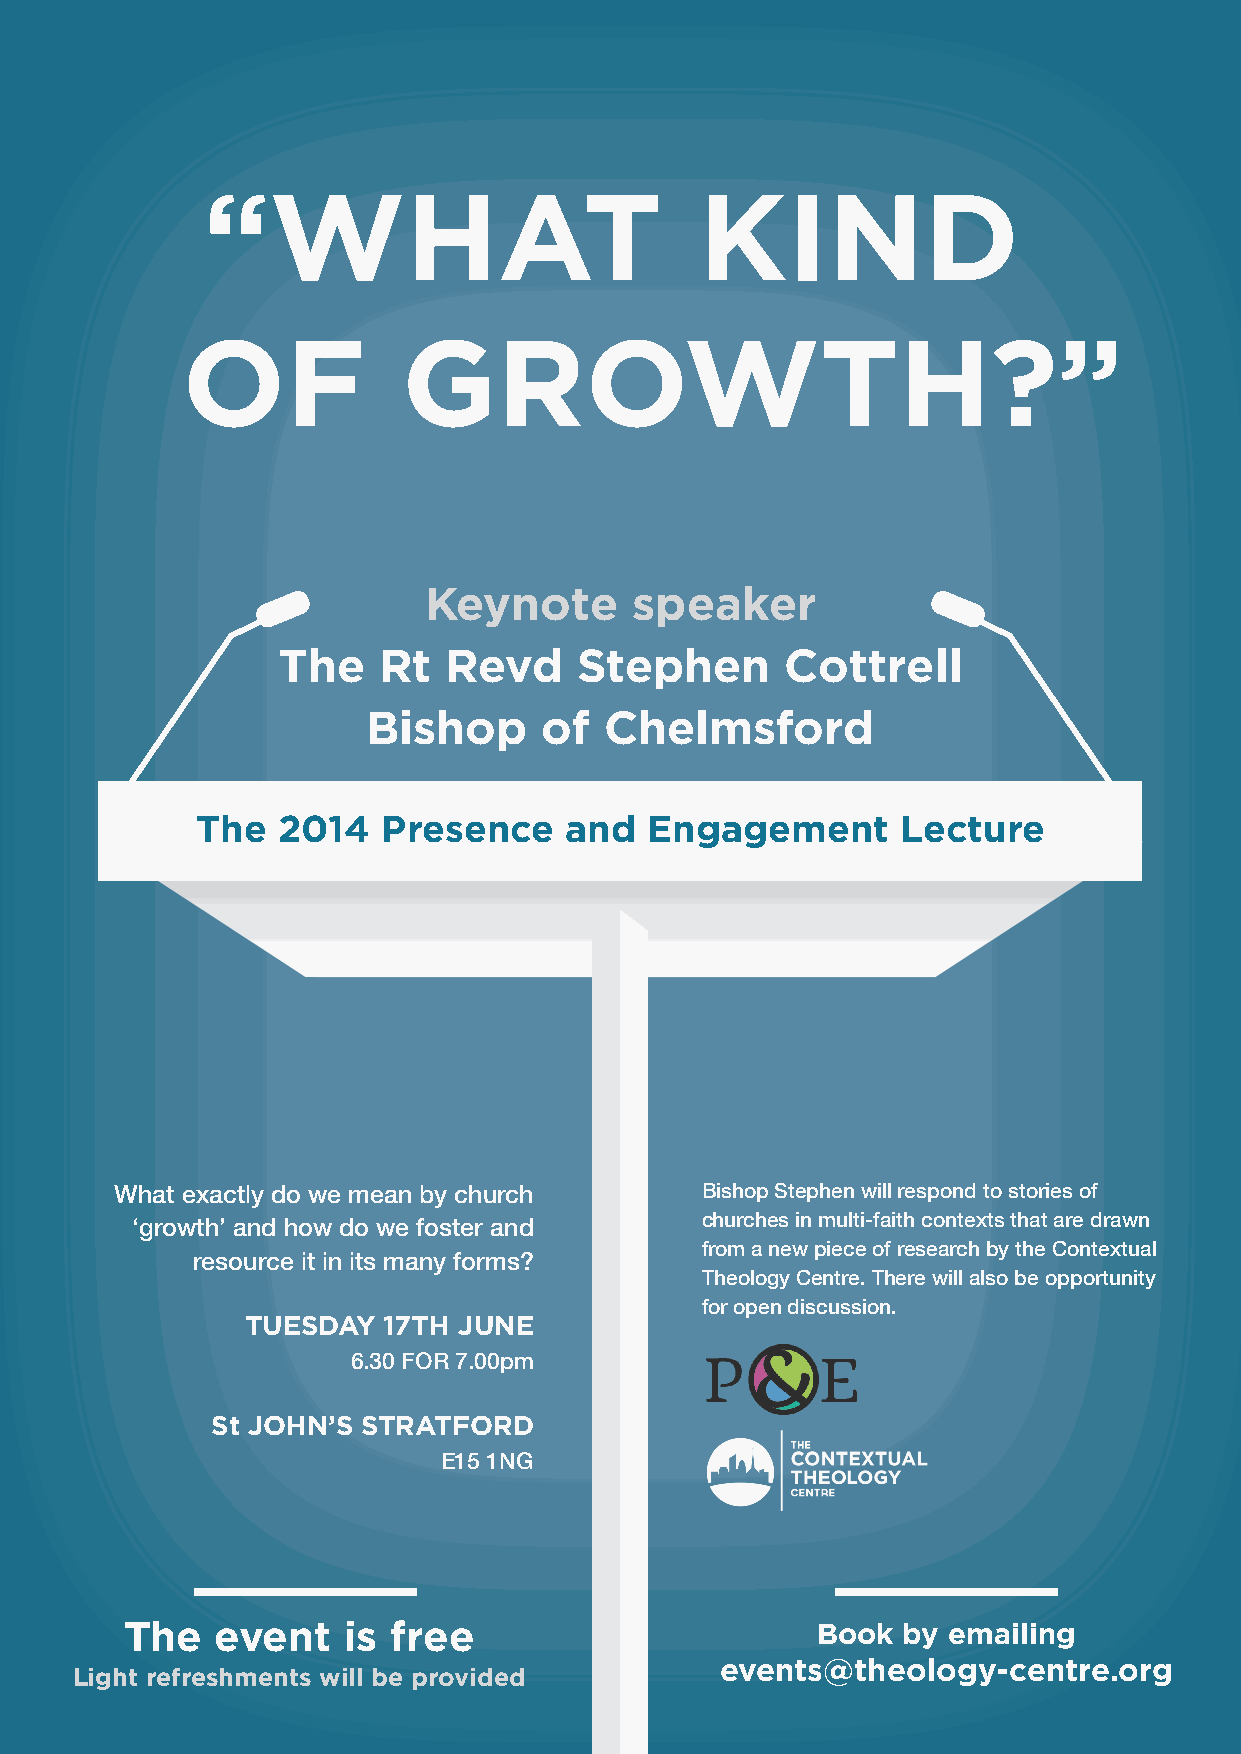
“WHAT                            KIND
 OF             GROWTH?”
 Keynote       speaker
 The    Rt  Revd     Stephen       Cottrell
 Bishop      of  Chelmsford
 The  2014   Presence    and   Engagement       Lecture
 What exactly do we mean by church     Bishop Stephen will respond to stories of
 churches in multi-faith contexts that are drawn
 ‘growth’ and how do we foster and
 from a new piece of research by the Contextual
 resource it in its many forms?
 Theology Centre. There will also be opportunity
 for open discussion.
 TUESDAY  17TH JUNE
 6.30 FOR 7.00pm
 St JOHN’S STRATFORD
 E15 1NG
 The   event    is free                        Book  by emailing
 events@theology-centre.org
 Light refreshments will be provided